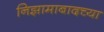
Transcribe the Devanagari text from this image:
निझामाबादच्या